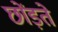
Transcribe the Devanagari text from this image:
छोंड़ते